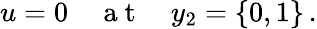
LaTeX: \begin{array}{r}{u=0\quad\mathrm{~a~t~}\quad y_{2}=\{ 0,1\} \, .}\end{array}